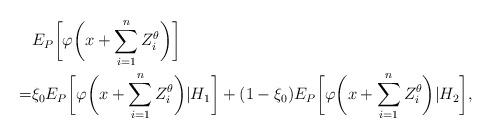
LaTeX: \begin{align*}\begin{aligned}&E_{P} \biggl[\varphi\biggl(x+\sum_{i=1}^{n} Z_i^\theta\biggr)\biggr]\\=&\xi_0 E_P\biggl[\varphi\biggl(x+\sum_{i=1}^{n} Z_i^\theta\biggr)\vert H_1\biggr]+(1-\xi_0)E_P\biggl[\varphi\biggl(x+\sum_{i=1}^{n} Z_i^\theta\biggr)\vert H_2\biggr],\end{aligned}\end{align*}